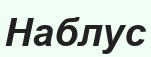
Наблус